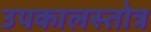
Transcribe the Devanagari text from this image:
उपकालस्तोत्र